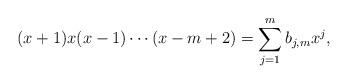
\begin{align*}(x+1)x(x-1)\cdots(x-m+2)=\sum_{j=1}^m b_{j,m}x^j,\end{align*}